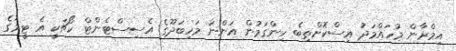
އިމްރާން މުހައްމަދު އިސްކޮށްތިބެ ހިންގަމުން އަންނަ މަހިބަދޫގެ އެސިސްޓެންޓް ކޯޗަކީ އެ ޓީމުގެ